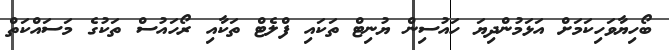
ބޯހިޔާވަހިކަމަށް އަޅަމުންދިޔަ ހައުސިން ޔުނިޓް ތަަކައި ފްލެޓް ތަކާއި ރޯހައުސް ތަކުގެ މަސައްކަތް